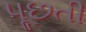
પૂછતી